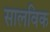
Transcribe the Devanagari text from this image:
सालविक